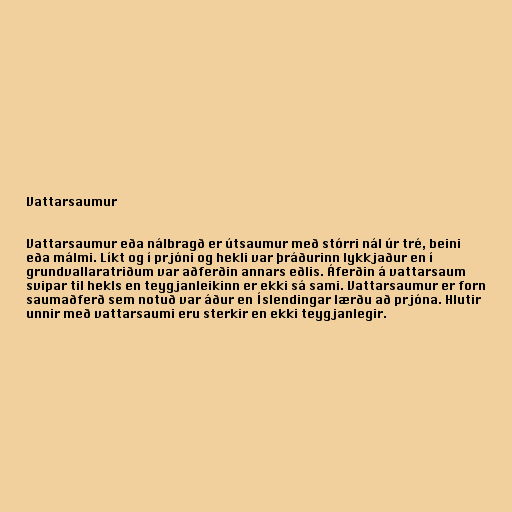
Vattarsaumur

Vattarsaumur eða nálbragð er útsaumur með stórri nál úr tré, beini
eða málmi. Líkt og í prjóni og hekli var þráðurinn lykkjaður en í
grundvallaratriðum var aðferðin annars eðlis. Áferðin á vattarsaum
svipar til hekls en teygjanleikinn er ekki sá sami. Vattarsaumur er forn
saumaðferð sem notuð var áður en Íslendingar lærðu að prjóna. Hlutir
unnir með vattarsaumi eru sterkir en ekki teygjanlegir.